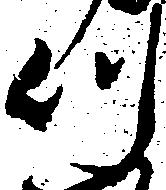
つ